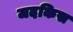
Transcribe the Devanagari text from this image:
जदकिस